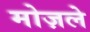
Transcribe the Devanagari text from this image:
मोज़ले